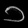
Digit: ၁